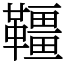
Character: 韁